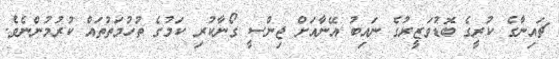
ޗައިނާގެ ކުރީގެ ބޮޑުވަޒީރުގެ ނައިބު އޭނާއަށް ޖިންސީ ގޯނާކުރި ކަމުގެ ތުހުމަތުތައް ކުރުމުންނެވެ.